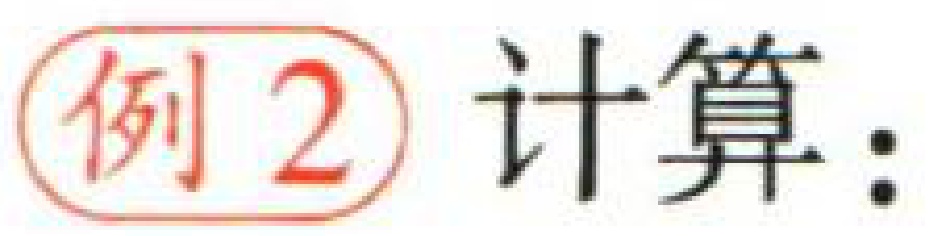
例2 计算：